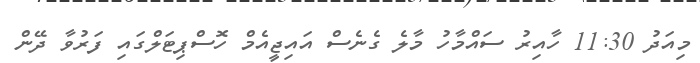
މިއަދު 11:30 ހާއިރު ސައްމާހު މާލެ ގެނެސް އައިޖީއެމް ހޮސްޕިޓަލްގައި ފަރުވާ ދޭން